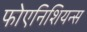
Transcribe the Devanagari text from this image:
फोएनिशियन्स